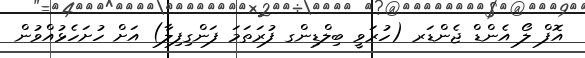
އޮފް ލޯ އެންޑް ޖެންޑަރ (ހުރަވީ ބިލްޑިންގ ފުރަތަމަ ފަންގިފިލާ) އަށް ހުށަހެޅުއްވުން